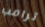
ترامب